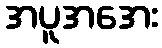
အပူအအေး